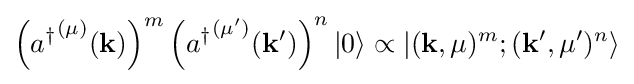
\left({a^{\dagger }}^{(\mu )}(\mathbf {k} )\right)^{m}\left({a^{\dagger }}^{(\mu ')}(\mathbf {k} ')\right)^{n}|0\rangle \propto \left|(\mathbf {k} ,\mu )^{m};(\mathbf {k} ',\mu ')^{n}\right\rangle